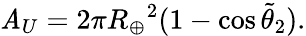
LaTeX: \mathit{A}_{U}=2\pi{R_{\oplus}}^{2}(1-\cos{\tilde{{\theta}}_{2}}).